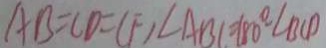
A B = C D = C F , \angle A B C = 1 8 0 ^ { \circ } - \angle B C D